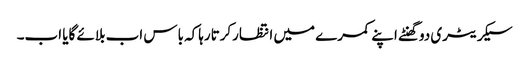
سیکریٹری دوگھنٹے اپنے کمرے میں انتظارکرتارہاکہ باس اب بلائے گایا اب۔